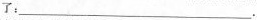
了：___.